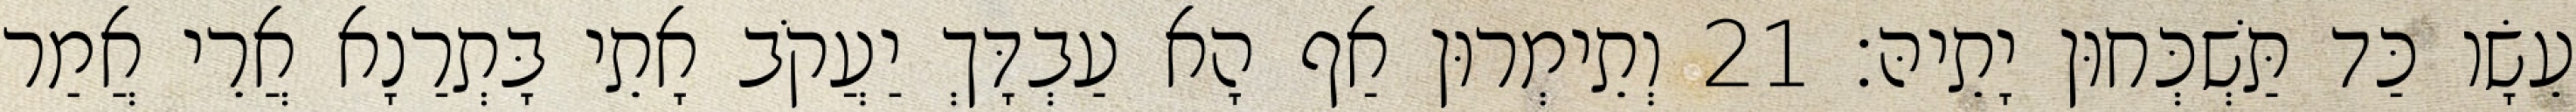
עֵשָׂו כַּד תַּשְׁכְּחוּן יָתֵיהּ׃ 21 וְתֵימְרוּן אַף הָא עַבְדָּךְ יַעֲקֹב אָתֵי בָּתְרַנָא אֲרֵי אֲמַר